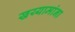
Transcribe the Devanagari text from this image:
खय्यामांना